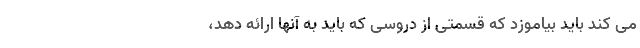
می کند باید بیاموزد که قسمتی از دروسی که باید به آنها ارائه دهد،